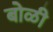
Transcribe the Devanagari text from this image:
बोळी